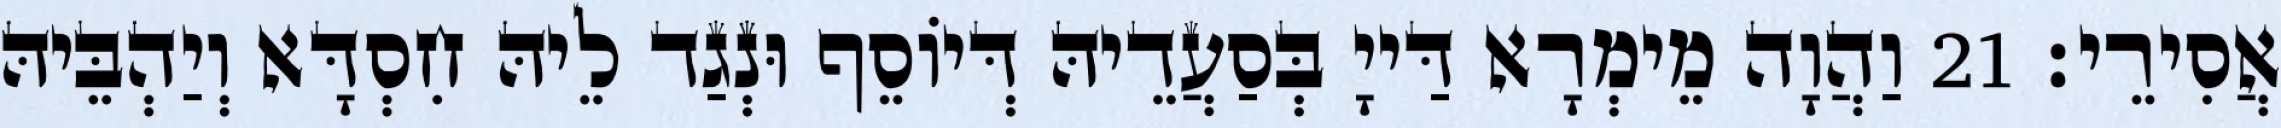
אֲסִירֵי׃ 21 וַהֲוָה מֵימְרָא דַּייָ בְּסַעֲדֵיהּ דְּיוֹסֵף וּנְגַד לֵיהּ חִסְדָּא וְיַהְבֵּיהּ